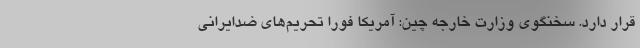
قرار دارد. سخنگوی وزارت خارجه چین: آمریکا فورا تحریم‌های ضدایرانی